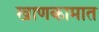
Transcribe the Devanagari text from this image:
खाणकामात